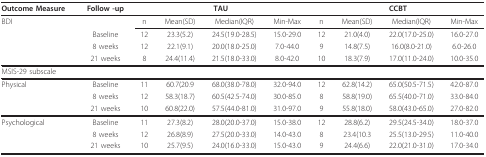
<table><thead><tr><td><b>Outcome Measure</b></td><td><b>Follow -up</b></td><td colspan="4"><b>TAU</b></td><td colspan="4"><b>CCBT</b></td></tr></thead><tbody><tr><td>BDI</td><td></td><td>n</td><td>Mean(SD)</td><td>Median(IQR)</td><td>Min-Max</td><td>n</td><td>Mean(SD)</td><td>Median(IQR)</td><td>Min-Max</td></tr><tr><td></td><td>Baseline</td><td>12</td><td>23.3(5.2)</td><td>24.5(19.0-28.5)</td><td>15.0-29.0</td><td>12</td><td>21.0(4.0)</td><td>22.0(17.0-25.0)</td><td>16.0-27.0</td></tr><tr><td></td><td>8 weeks</td><td>12</td><td>22.1(9.1)</td><td>20.0(18.0-25.0)</td><td>7.0-44.0</td><td>9</td><td>14.8(7.5)</td><td>16.0(8.0-21.0)</td><td>6.0-26.0</td></tr><tr><td></td><td>21 weeks</td><td>8</td><td>24.4(11.4)</td><td>21.5(18.0-33.0)</td><td>8.0-42.0</td><td>10</td><td>18.3(7.9)</td><td>17.0(11.0-24.0)</td><td>10.0-35.0</td></tr><tr><td>MSIS-29 subscale</td><td></td><td></td><td></td><td></td><td></td><td></td><td></td><td></td><td></td></tr><tr><td>Physical</td><td>Baseline</td><td>11</td><td>60.7(20.9</td><td>68.0(38.0-78.0)</td><td>32.0-94.0</td><td>12</td><td>62.8(14.2)</td><td>65.0(50.5-71.5)</td><td>42.0-87.0</td></tr><tr><td></td><td>8 weeks</td><td>12</td><td>58.3(18.7)</td><td>60.5(42.5-74.0)</td><td>30.0-85.0</td><td>8</td><td>58.8(19.0)</td><td>65.5(40.0-71.0)</td><td>33.0-84.0</td></tr><tr><td></td><td>21 weeks</td><td>10</td><td>60.8(22.0)</td><td>57.5(44.0-81.0)</td><td>31.0-97.0</td><td>9</td><td>55.8(18.0)</td><td>58.0(43.0-65.0)</td><td>27.0-82.0</td></tr><tr><td>Psychological</td><td>Baseline</td><td>11</td><td>27.3(8.2)</td><td>28.0(20.0-37.0)</td><td>15.0-38.0</td><td>12</td><td>28.8(6.2)</td><td>29.5(24.5-34.0)</td><td>18.0-37.0</td></tr><tr><td></td><td>8 weeks</td><td>12</td><td>26.8(8.9)</td><td>27.5(20.0-33.0)</td><td>14.0-43.0</td><td>8</td><td>23.4(10.3</td><td>25.5(13.0-29.5)</td><td>11.0-40.0</td></tr><tr><td></td><td>21 weeks</td><td>10</td><td>25.7(9.5)</td><td>24.0(16.0-33.0)</td><td>15.0-43.0</td><td>9</td><td>24.4(6.6)</td><td>22.0(21.0-31.0)</td><td>17.0-34.0</td></tr></tbody></table>